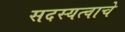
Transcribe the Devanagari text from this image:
सदस्यत्वाचे